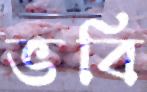
ভবি